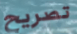
تصريح